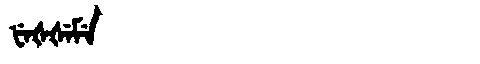
Manchu: ᡶᡝᡧᡧᡝᠮᡝ
Romanization: FEŠŠEME